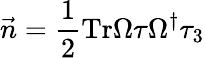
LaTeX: \vec{n}={\frac{1}{2}}\mathrm{Tr}\Omega\tau\Omega^{\dagger}\tau_{3}